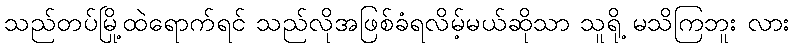
သည်တပ်မြို့ထဲရောက်ရင် သည်လိုအဖြစ်ခံရလိမ့်မယ်ဆိုသာ သူရို့ မသိကြဘူး လား